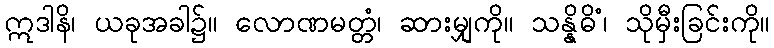
ဣဒါနိ၊ ယခုအခါ၌။ လောဏမတ္တံ၊ ဆားမျှကို။ သန္နိဓိံ၊ သိုမှီးခြင်းကို။